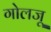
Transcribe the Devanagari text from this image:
गोलजू